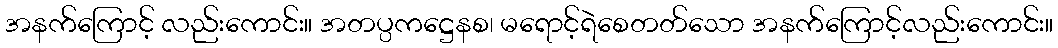
အနက်ကြောင့် လည်းကောင်း။ အတပ္ပကဋ္ဌေနစ၊ မရောင့်ရဲစေတတ်သော အနက်ကြောင့်လည်းကောင်း။